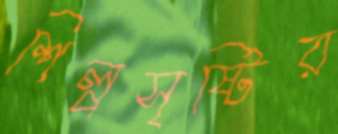
শিল্পসৃষ্টির